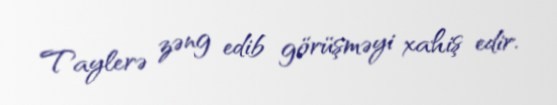
Taylerə zəng edib görüşməyi xahiş edir.